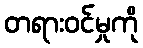
တရားဝင်မှုကို